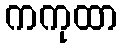
ကကုထာ